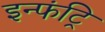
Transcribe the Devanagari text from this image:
इन्फंट्रि